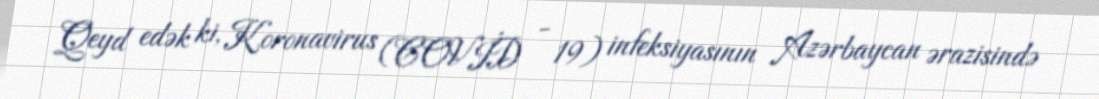
Qeyd edək ki, Koronavirus (COVİD - 19) infeksiyasının Azərbaycan ərazisində